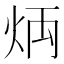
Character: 𤈃